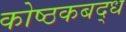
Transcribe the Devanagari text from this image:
कोष्ठकबद्ध